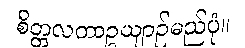
စိတ္တလတာဥယျာဉ်မည်ပုံ။